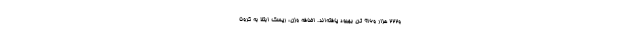
و۲۲۲ هزار و۹۱۶ تن بهبود یافته‌اند. اضافه وزن، ریسک ابتلا به کرونا